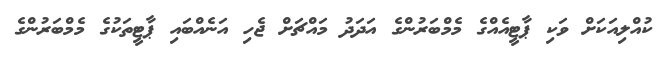
ކުއްލިއަކަށް ވަކި ޕާޓީއެއްގެ މެމްބަރުންގެ އަދަދު މައްޗަށް ޖެހި އަނެއްބައި ޕާޓީތަކުގެ މެމްބަރުންގެ